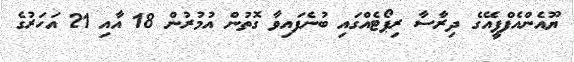
ޔޫއެންއެފްޕީއޭގެ ދިރާސާ ރިޕޯޓެއްގައި ބުނެފައިވާ ގޮތުން އުމުރުން 18 އާއި 21 އަހަރުގެ